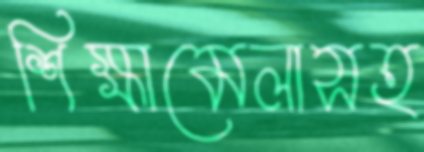
শিক্ষামেলাসহ